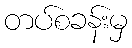
တပ်စခန်းမှ